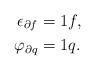
LaTeX: \begin{align*}\epsilon_{\partial f} &=1 f, \\\varphi_{\partial q} &= 1 q. \end{align*}